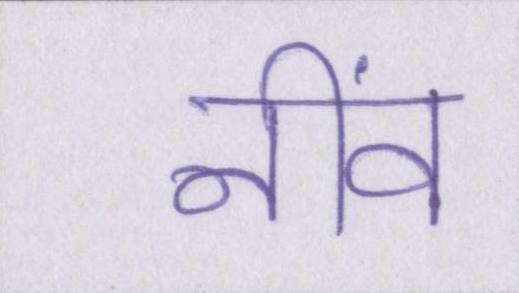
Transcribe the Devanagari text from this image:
नींव